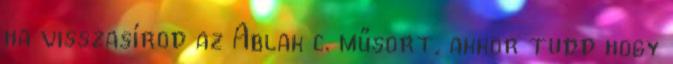
ha visszasírod az Ablak c. műsort, akkor tudd hogy